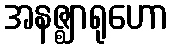
အနဇ္ဈာရုဟော